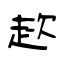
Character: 趑